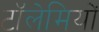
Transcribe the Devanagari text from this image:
टॉलेमियों